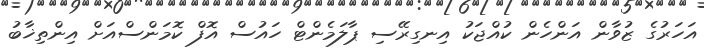
އަހަރުގެ ޒުވާން އަންހެން ކުއްޖަކު އިނގިރޭސި ޕާލަމެންޓް ހައުސް އޮފް ކޮމަންސްއަށް އިންތިޚާބު